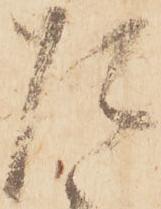
た